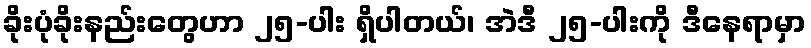
ခိုးပုံခိုးနည်းတွေဟာ ၂၅-ပါး ရှိပါတယ်၊ အဲဒီ ၂၅-ပါးကို ဒီနေရာမှာ